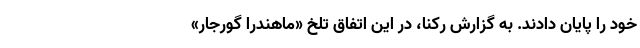
خود را پایان دادند. به گزارش رکنا، در این اتفاق تلخ «ماهنِدرا گورجار»